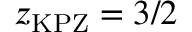
z _ { \mathrm { \tiny K P Z } } = 3 / 2